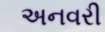
અનવરી